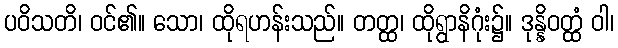
ပဝိသတိ၊ ဝင်၏။ သော၊ ထိုရဟန်းသည်။ တတ္ထ၊ ထိုရွာနိဂုံး၌။ ဒုန္နိဝတ္ထံ ဝါ၊